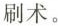
刷术。